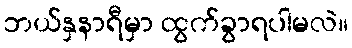
ဘယ်နှနာရီမှာ ထွက်ခွာရပါမလဲ။